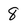
Character: 8